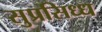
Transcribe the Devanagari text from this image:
सुप्रसिध्ध